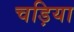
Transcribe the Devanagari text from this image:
चड़िया